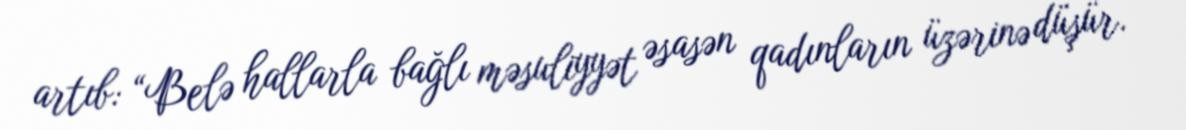
artıb: “Belə hallarla bağlı məsuliyyət əsasən qadınların üzərinə düşür.